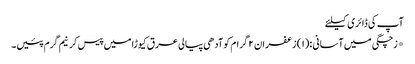
آپ کی ڈائری کیلئے
*زچگی میں آسانی :(۱) زعفران ۲ گرام کوآدھی پیالی عرق کیوڑا میں پیس کرنیم گرم پئیں۔